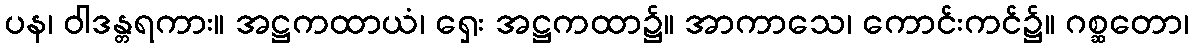
ပန၊ ဝါဒန္တရကား။ အဋ္ဌကထာယံ၊ ရှေး အဋ္ဌကထာ၌။ အာကာသေ၊ ကောင်းကင်၌။ ဂစ္ဆတော၊